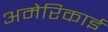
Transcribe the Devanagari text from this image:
अमेरिकाई